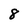
Character: 8